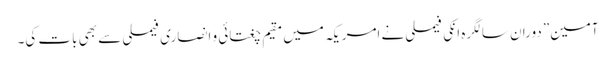
آمین” دوران سالگرہ انکی فیملی نے امریکہ میں مقیم چغتائی و انصاری فیملی سے بھی بات کی۔